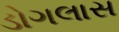
ડોગલાસ